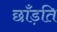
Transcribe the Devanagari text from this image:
छाँड़ति